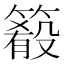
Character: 𥳴